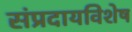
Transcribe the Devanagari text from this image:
संप्रदायविशेष